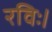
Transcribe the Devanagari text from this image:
रविः।